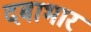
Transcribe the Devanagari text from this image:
दबाभार